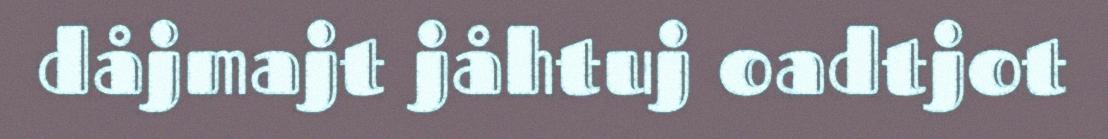
dåjmajt jåhtuj oadtjot